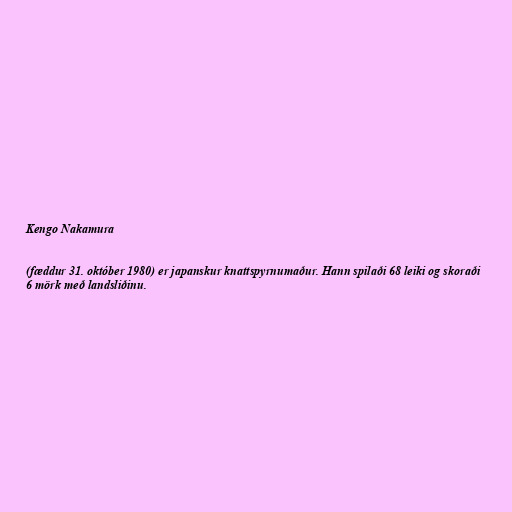
Kengo Nakamura

(fæddur 31. október 1980) er japanskur knattspyrnumaður. Hann spilaði 68 leiki og skoraði
6 mörk með landsliðinu.